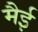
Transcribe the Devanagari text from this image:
मैई